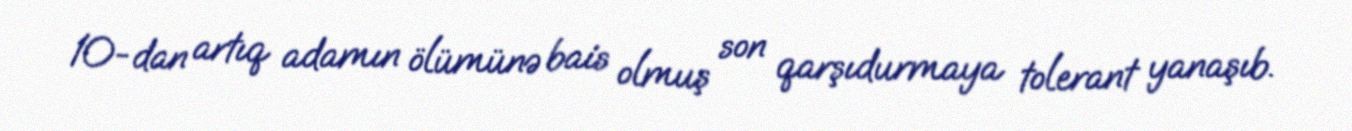
10-dan artıq adamın ölümünə bais olmuş son qarşıdurmaya tolerant yanaşıb.